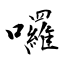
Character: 囉